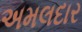
અમલદાર